Insane asylums in Bengal annual reports 1876-1887 - 1876-1887
Year: 1876
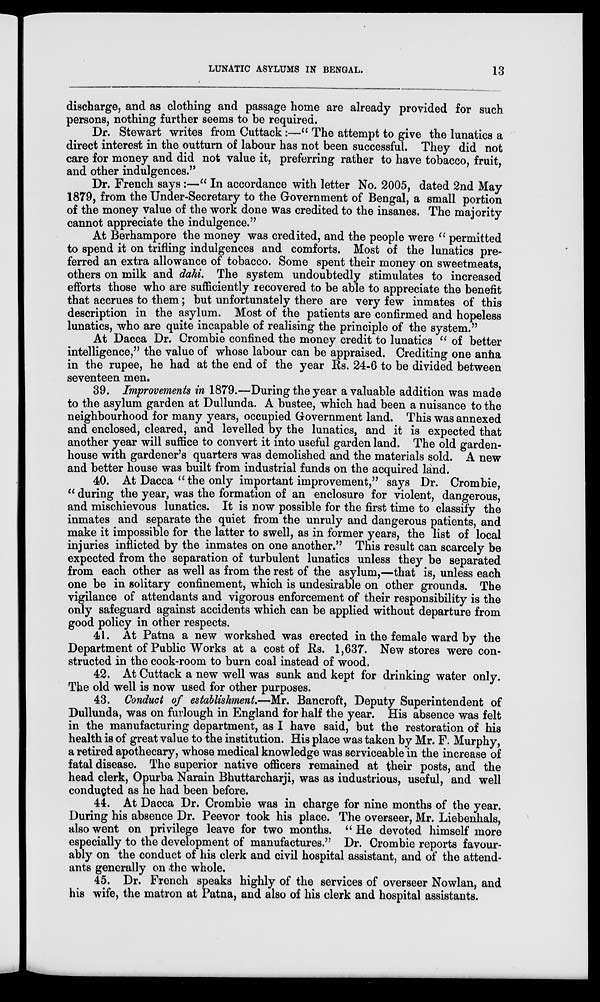
LUNATIC ASYLUMS IN BENGAL.
13
discharge, and as clothing and passage home are already provided for such
persons, nothing further seems to be required.
Dr. Stewart writes from Cuttack:—" The attempt to give the lunatics a
direct interest in the outturn of labour has not been successful. They did not
care for money and did not value it, preferring rather to have tobacco, fruit,
and other indulgences."
Dr. French says:—" In accordance with letter No. 2005, dated 2nd May
1879, from the Under-Secretary to the Government of Bengal, a small portion
of the money value of the work done was credited to the insanes. The majority
cannot appreciate the indulgence."
At Berhampore the money was credited, and the people were " permitted
to spend it on trifling indulgences and comforts. Most of the lunatics pre-
ferred an extra allowance of tobacco. Some spent their money on sweetmeats,
others on milk and dahi. The system undoubtedly stimulates to increased
efforts those who are sufficiently recovered to be able to appreciate the benefit
that accrues to them ; but unfortunately there are very few inmates of this
description in the asylum. Most of the patients are confirmed and hopeless
lunatics, who are quite incapable of realising the principle of the system."
At Dacca Dr. Crombie confined the money credit to lunatics " of better
intelligence," the value of whose labour can be appraised. Crediting one anna
in the rupee, he had at the end of the year Rs. 24-6 to be divided between
seventeen men.
39. Improvements in 1879.—During the year a valuable addition was made
to the asylum garden at Dullunda. A bustee, which had been a nuisance to the
neighbourhood for many years, occupied Government land. This was annexed
and enclosed, cleared, and levelled by the lunatics, and it is expected that
another year will suffice to convert it into useful garden land. The old garden-
house with gardener's quarters was demolished and the materials sold. A new
and better house was built from industrial funds on the acquired land.
40. At Dacca " the only important improvement," says Dr. Crombie,
"during the year, was the formation of an enclosure for violent, dangerous,
and mischievous lunatics. It is now possible for the first time to classify the
inmates and separate the quiet from the unruly and dangerous patients, and
make it impossible for the latter to swell, as in former years, the list of local
injuries inflicted by the inmates on one another." This result can scarcely be
expected from the separation of turbulent lunatics unless they be separated
from each other as well as from the rest of the asylum,—that is, unless each
one be in solitary confinement, which is undesirable on other grounds. The
vigilance of attendants and vigorous enforcement of their responsibility is the
only safeguard against accidents which can be applied without departure from
good policy in other respects.
41. At Patna a new workshed was erected in the female ward by the
Department of Public Works at a cost of Rs. 1,637. New stores were con-
structed in the cook-room to burn coal instead of wood.
42. At Cuttack a new well was sunk and kept for drinking water only.
The old well is now used for other purposes.
43. Conduct of establishment.—Mr. Bancroft, Deputy Superintendent of
Dullunda, was on furlough in England for half the year. His absence was felt
in the manufacturing department, as I have said, but the restoration of his
health is of great value to the institution. His place was taken by Mr. F. Murphy,
a retired apothecary, whose medical knowledge was serviceable in the increase of
fatal disease. The superior native officers remained at their posts, and the
head clerk, Opurba Narain Bhuttarcharji, was as industrious, useful, and well
conducted as he had been before.
44. At Dacca Dr. Crombie was in charge for nine months of the year.
During his absence Dr. Peevor took his place. The overseer, Mr. Liebenhals,
also went on privilege leave for two months. " He devoted himself more
especially to the development of manufactures." Dr. Crombie reports favour-
ably on the conduct of his clerk and civil hospital assistant, and of the attend-
ants generally on the whole.
45. Dr. French speaks highly of the services of overseer Nowlan, and
his wife, the matron at Patna, and also of his clerk and hospital assistants.